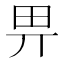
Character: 畀